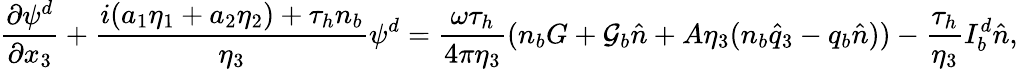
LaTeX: \frac{\partial\psi^{d}}{\partial x_{3}}+\frac{i(a_{1}\eta_{1}+a_{2}\eta_{2})+\tau_{h}n_{b}}{\eta_{3}}\psi^{d}=\frac{\omega\tau_{h}}{4\pi\eta_{3}}(n_{b}G+\mathcal{G}_{b}\hat{n}+A\eta_{3}(n_{b}\hat{q}_{3}-q_{b}\hat{n}))-\frac{\tau_{h}}{\eta_{3}}I_{b}^{d}\hat{n},